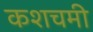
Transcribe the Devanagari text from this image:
कशचमी